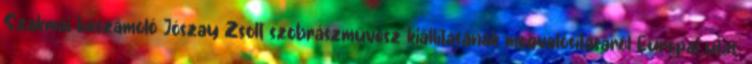
Szakmai beszámoló Jószay Zsolt szobrászművész kiállításának megvalósításáról Európai utas.